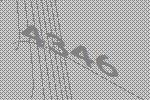
4346